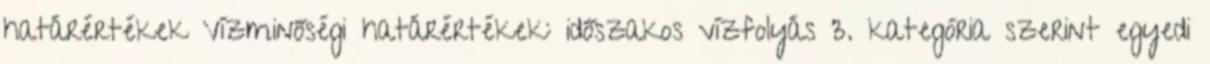
határértékek Vízminőségi határértékek: időszakos vízfolyás 3. kategória szerint egyedi